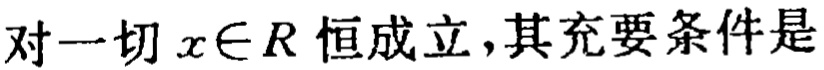
对一切 \(x\in R\) 恒成立，其充要条件是